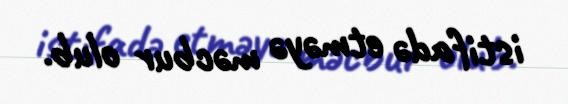
istifadə etməyə məcbur olub.